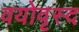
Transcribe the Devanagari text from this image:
वयोवृस्द